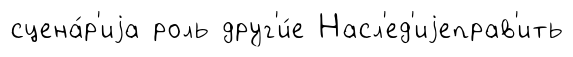
сцена́р'иjа роль друг'и́е Насл'ед'иjеправ'ить